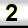
Digit: 2